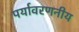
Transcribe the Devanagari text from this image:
पर्यावरणनीय